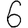
Digit: 6